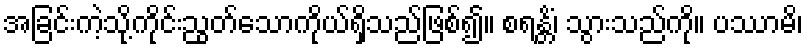
အခြင်းကဲ့သို့ကိုင်းညွတ်သောကိုယ်ရှိသည်ဖြစ်၍။ စရန္တိံ၊ သွားသည်ကို။ ပဿာမိ၊